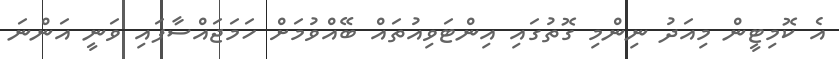
އެ ކޮމިޓީން މިއަދު ނިންމި ގޮތުގައި އިންޓަވިއުތައް ބޭއްވުމަށް ހަމަޖައްސާފައި ވަނީ އަންނަ